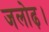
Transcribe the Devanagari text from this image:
जलोढ़।